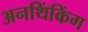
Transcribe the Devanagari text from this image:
अनथिंकिंग